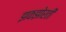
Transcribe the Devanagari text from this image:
झकझोरती